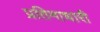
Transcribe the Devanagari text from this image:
प्रतिमाधारी